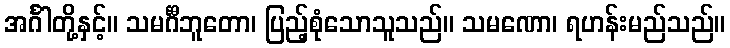
အင်္ဂါတို့နှင့်။ သမင်္ဂီဘူတော၊ ပြည့်စုံသောသူသည်။ သမဏော၊ ရဟန်းမည်သည်။